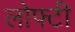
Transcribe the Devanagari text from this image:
लोफ्टी